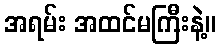
အရမ်း အထင်မကြီးနဲ့။